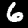
Digit: 6